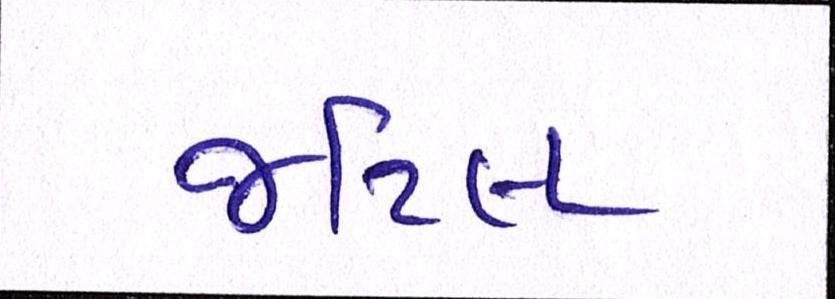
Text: જટિલ